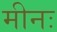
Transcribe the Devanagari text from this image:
मीनः